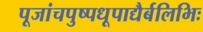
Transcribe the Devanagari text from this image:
पूजांचपुष्पधूपाद्यैर्बलिभिः